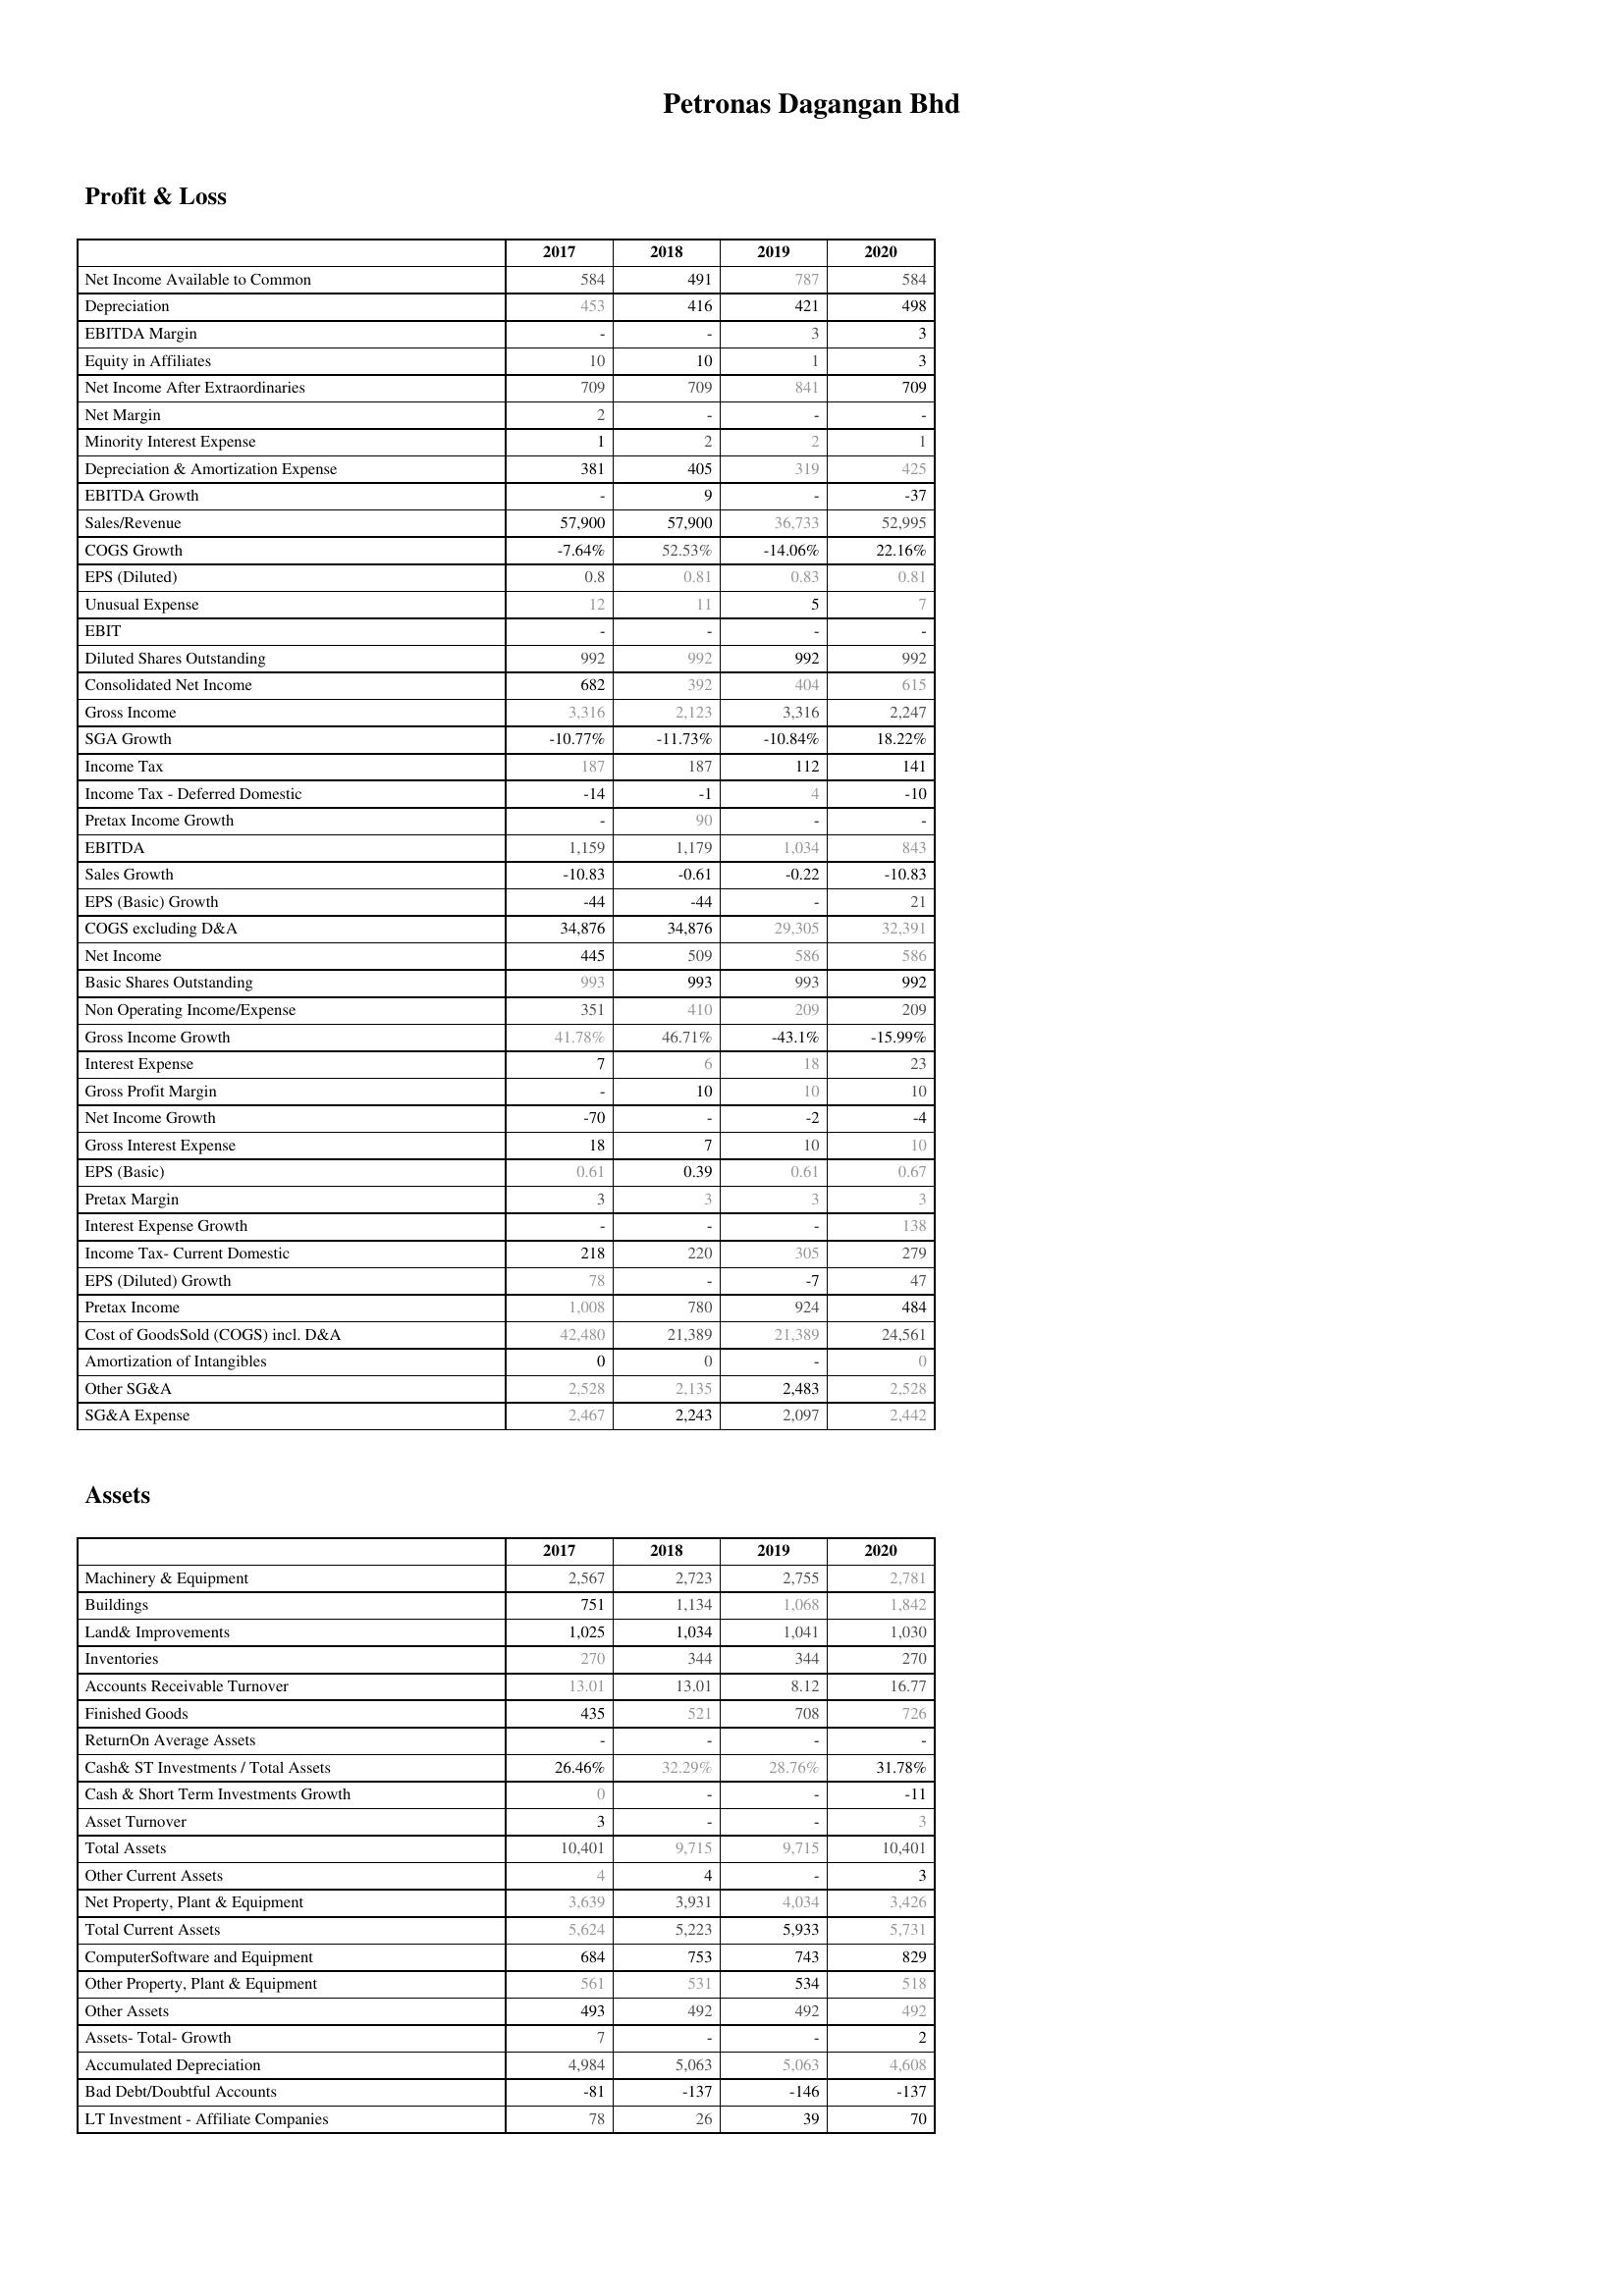
2017: Profit & Loss: Net Income Available to Common: 584
Depreciation: 453
EBITDA Margin: -
Equity in Affiliates: 10
Net Income After Extraordinaries: 709
Net Margin: 2
Minority Interest Expense: 1
Depreciation & Amortization Expense: 381
EBITDA Growth: -
Sales/Revenue: 57,900
COGS Growth: -7.64%
EPS (Diluted): 0.8
Unusual Expense: 12
EBIT: -
Diluted Shares Outstanding: 992
Consolidated Net Income: 682
Gross Income: 3,316
SGA Growth: -10.77%
Income Tax: 187
Income Tax - Deferred Domestic: -14
Pretax Income Growth: -
EBITDA: 1,159
Sales Growth: -10.83
EPS (Basic) Growth: -44
COGS excluding D&A: 34,876
Net Income: 445
Basic Shares Outstanding: 993
Non Operating Income/Expense: 351
Gross Income Growth: 41.78%
Interest Expense: 7
Gross Profit Margin: -
Net Income Growth: -70
Gross Interest Expense: 18
EPS (Basic): 0.61
Pretax Margin: 3
Interest Expense Growth: -
Income Tax- Current Domestic: 218
EPS (Diluted) Growth: 78
Pretax Income: 1,008
Cost of GoodsSold (COGS) incl. D&A: 42,480
Amortization of Intangibles: 0
Other SG&A: 2,528
SG&A Expense: 2,467
Assets: Machinery & Equipment: 2,567
Buildings: 751
Land& Improvements: 1,025
Inventories: 270
Accounts Receivable Turnover: 13.01
Finished Goods: 435
ReturnOn Average Assets: -
Cash& ST Investments / Total Assets: 26.46%
Cash & Short Term Investments Growth: 0
Asset Turnover: 3
Total Assets: 10,401
Other Current Assets: 4
Net Property, Plant & Equipment: 3,639
Total Current Assets: 5,624
ComputerSoftware and Equipment: 684
Other Property, Plant & Equipment: 561
Other Assets: 493
Assets- Total- Growth: 7
Accumulated Depreciation: 4,984
Bad Debt/Doubtful Accounts: -81
LT Investment - Affiliate Companies: 78
2018: Profit & Loss: Net Income Available to Common: 491
Depreciation: 416
EBITDA Margin: -
Equity in Affiliates: 10
Net Income After Extraordinaries: 709
Net Margin: -
Minority Interest Expense: 2
Depreciation & Amortization Expense: 405
EBITDA Growth: 9
Sales/Revenue: 57,900
COGS Growth: 52.53%
EPS (Diluted): 0.81
Unusual Expense: 11
EBIT: -
Diluted Shares Outstanding: 992
Consolidated Net Income: 392
Gross Income: 2,123
SGA Growth: -11.73%
Income Tax: 187
Income Tax - Deferred Domestic: -1
Pretax Income Growth: 90
EBITDA: 1,179
Sales Growth: -0.61
EPS (Basic) Growth: -44
COGS excluding D&A: 34,876
Net Income: 509
Basic Shares Outstanding: 993
Non Operating Income/Expense: 410
Gross Income Growth: 46.71%
Interest Expense: 6
Gross Profit Margin: 10
Net Income Growth: -
Gross Interest Expense: 7
EPS (Basic): 0.39
Pretax Margin: 3
Interest Expense Growth: -
Income Tax- Current Domestic: 220
EPS (Diluted) Growth: -
Pretax Income: 780
Cost of GoodsSold (COGS) incl. D&A: 21,389
Amortization of Intangibles: 0
Other SG&A: 2,135
SG&A Expense: 2,243
Assets: Machinery & Equipment: 2,723
Buildings: 1,134
Land& Improvements: 1,034
Inventories: 344
Accounts Receivable Turnover: 13.01
Finished Goods: 521
ReturnOn Average Assets: -
Cash& ST Investments / Total Assets: 32.29%
Cash & Short Term Investments Growth: -
Asset Turnover: -
Total Assets: 9,715
Other Current Assets: 4
Net Property, Plant & Equipment: 3,931
Total Current Assets: 5,223
ComputerSoftware and Equipment: 753
Other Property, Plant & Equipment: 531
Other Assets: 492
Assets- Total- Growth: -
Accumulated Depreciation: 5,063
Bad Debt/Doubtful Accounts: -137
LT Investment - Affiliate Companies: 26
2019: Profit & Loss: Net Income Available to Common: 787
Depreciation: 421
EBITDA Margin: 3
Equity in Affiliates: 1
Net Income After Extraordinaries: 841
Net Margin: -
Minority Interest Expense: 2
Depreciation & Amortization Expense: 319
EBITDA Growth: -
Sales/Revenue: 36,733
COGS Growth: -14.06%
EPS (Diluted): 0.83
Unusual Expense: 5
EBIT: -
Diluted Shares Outstanding: 992
Consolidated Net Income: 404
Gross Income: 3,316
SGA Growth: -10.84%
Income Tax: 112
Income Tax - Deferred Domestic: 4
Pretax Income Growth: -
EBITDA: 1,034
Sales Growth: -0.22
EPS (Basic) Growth: -
COGS excluding D&A: 29,305
Net Income: 586
Basic Shares Outstanding: 993
Non Operating Income/Expense: 209
Gross Income Growth: -43.1%
Interest Expense: 18
Gross Profit Margin: 10
Net Income Growth: -2
Gross Interest Expense: 10
EPS (Basic): 0.61
Pretax Margin: 3
Interest Expense Growth: -
Income Tax- Current Domestic: 305
EPS (Diluted) Growth: -7
Pretax Income: 924
Cost of GoodsSold (COGS) incl. D&A: 21,389
Amortization of Intangibles: -
Other SG&A: 2,483
SG&A Expense: 2,097
Assets: Machinery & Equipment: 2,755
Buildings: 1,068
Land& Improvements: 1,041
Inventories: 344
Accounts Receivable Turnover: 8.12
Finished Goods: 708
ReturnOn Average Assets: -
Cash& ST Investments / Total Assets: 28.76%
Cash & Short Term Investments Growth: -
Asset Turnover: -
Total Assets: 9,715
Other Current Assets: -
Net Property, Plant & Equipment: 4,034
Total Current Assets: 5,933
ComputerSoftware and Equipment: 743
Other Property, Plant & Equipment: 534
Other Assets: 492
Assets- Total- Growth: -
Accumulated Depreciation: 5,063
Bad Debt/Doubtful Accounts: -146
LT Investment - Affiliate Companies: 39
2020: Profit & Loss: Net Income Available to Common: 584
Depreciation: 498
EBITDA Margin: 3
Equity in Affiliates: 3
Net Income After Extraordinaries: 709
Net Margin: -
Minority Interest Expense: 1
Depreciation & Amortization Expense: 425
EBITDA Growth: -37
Sales/Revenue: 52,995
COGS Growth: 22.16%
EPS (Diluted): 0.81
Unusual Expense: 7
EBIT: -
Diluted Shares Outstanding: 992
Consolidated Net Income: 615
Gross Income: 2,247
SGA Growth: 18.22%
Income Tax: 141
Income Tax - Deferred Domestic: -10
Pretax Income Growth: -
EBITDA: 843
Sales Growth: -10.83
EPS (Basic) Growth: 21
COGS excluding D&A: 32,391
Net Income: 586
Basic Shares Outstanding: 992
Non Operating Income/Expense: 209
Gross Income Growth: -15.99%
Interest Expense: 23
Gross Profit Margin: 10
Net Income Growth: -4
Gross Interest Expense: 10
EPS (Basic): 0.67
Pretax Margin: 3
Interest Expense Growth: 138
Income Tax- Current Domestic: 279
EPS (Diluted) Growth: 47
Pretax Income: 484
Cost of GoodsSold (COGS) incl. D&A: 24,561
Amortization of Intangibles: 0
Other SG&A: 2,528
SG&A Expense: 2,442
Assets: Machinery & Equipment: 2,781
Buildings: 1,842
Land& Improvements: 1,030
Inventories: 270
Accounts Receivable Turnover: 16.77
Finished Goods: 726
ReturnOn Average Assets: -
Cash& ST Investments / Total Assets: 31.78%
Cash & Short Term Investments Growth: -11
Asset Turnover: 3
Total Assets: 10,401
Other Current Assets: 3
Net Property, Plant & Equipment: 3,426
Total Current Assets: 5,731
ComputerSoftware and Equipment: 829
Other Property, Plant & Equipment: 518
Other Assets: 492
Assets- Total- Growth: 2
Accumulated Depreciation: 4,608
Bad Debt/Doubtful Accounts: -137
LT Investment - Affiliate Companies: 70